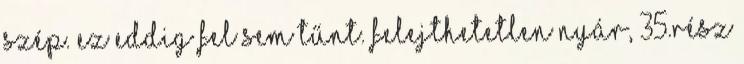
szép. Ez eddig fel sem tűnt. Felejthetetlen nyár, 35.rész